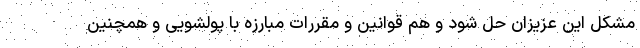
مشکل این عزیزان حل شود و هم قوانین و مقررات مبارزه با پولشویی و همچنین